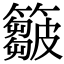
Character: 𥶈